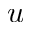
u